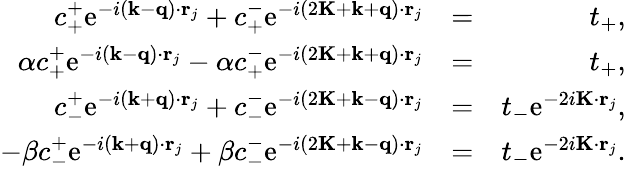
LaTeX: \begin{array}{rlr}{c_{+}^{+}\mathrm{e}^{-i(\mathbf{k}-\mathbf{q})\cdot\mathbf{r}_{j}}+c_{+}^{-}\mathrm{e}^{-i(2\mathbf{K}+\mathbf{k}+\mathbf{q})\cdot\mathbf{r}_{j}}}&{=}&{t_{+},}\\ {\alpha c_{+}^{+}\mathrm{e}^{-i(\mathbf{k}-\mathbf{q})\cdot\mathbf{r}_{j}}-\alpha c_{+}^{-}\mathrm{e}^{-i(2\mathbf{K}+\mathbf{k}+\mathbf{q})\cdot\mathbf{r}_{j}}}&{=}&{t_{+},}\\ {c_{-}^{+}\mathrm{e}^{-i(\mathbf{k}+\mathbf{q})\cdot\mathbf{r}_{j}}+c_{-}^{-}\mathrm{e}^{-i(2\mathbf{K}+\mathbf{k}-\mathbf{q})\cdot\mathbf{r}_{j}}}&{=}&{t_{-}\mathrm{e}^{-2i\mathbf{K}\cdot\mathbf{r}_{j}},}\\ {-\beta c_{-}^{+}\mathrm{e}^{-i(\mathbf{k}+\mathbf{q})\cdot\mathbf{r}_{j}}+\beta c_{-}^{-}\mathrm{e}^{-i(2\mathbf{K}+\mathbf{k}-\mathbf{q})\cdot\mathbf{r}_{j}}}&{=}&{t_{-}\mathrm{e}^{-2i\mathbf{K}\cdot\mathbf{r}_{j}}.}\end{array}